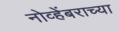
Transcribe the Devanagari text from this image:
नोव्हेंबराच्या